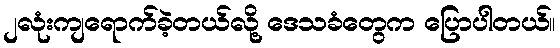
၂လုံးကျရောက်ခဲ့တယ်လို့ ဒေသခံတွေက ပြောပါတယ်။